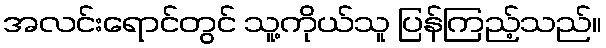
အလင်းရောင်တွင် သူ့ကိုယ်သူ ပြန်ကြည့်သည်။